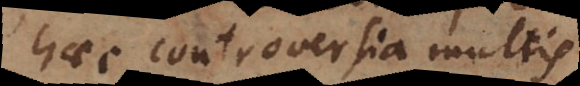
haec controversia multis